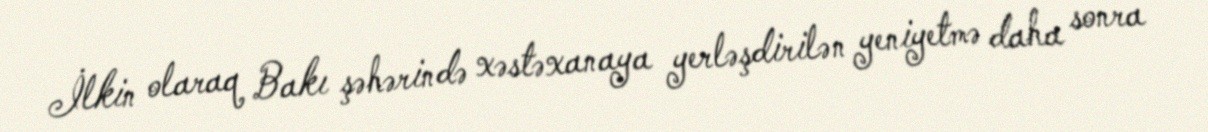
İlkin olaraq Bakı şəhərində xəstəxanaya yerləşdirilən yeniyetmə daha sonra